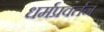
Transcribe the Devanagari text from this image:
धर्मप्रवर्तन